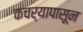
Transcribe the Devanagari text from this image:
कचर्‍यापासून